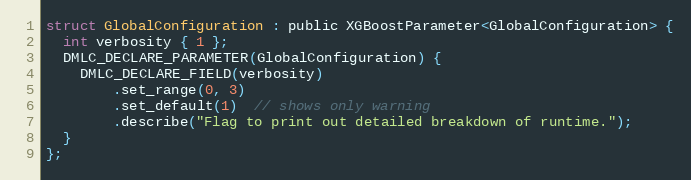
Language: C
struct GlobalConfiguration : public XGBoostParameter<GlobalConfiguration> {
  int verbosity { 1 };
  DMLC_DECLARE_PARAMETER(GlobalConfiguration) {
    DMLC_DECLARE_FIELD(verbosity)
        .set_range(0, 3)
        .set_default(1)  // shows only warning
        .describe("Flag to print out detailed breakdown of runtime.");
  }
};